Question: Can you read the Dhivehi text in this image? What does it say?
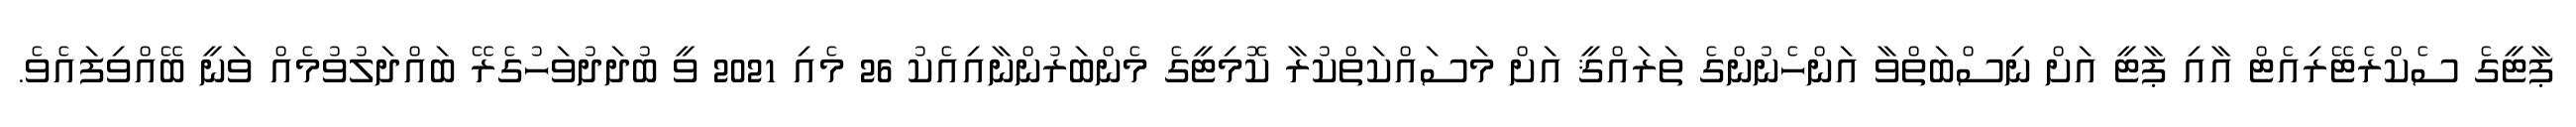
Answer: ޕާޓީގެ ސެކްރެޓޭރިއެޓް އާއި ޕާޓީ އަށް ނިސްބަތްވާ އަންހެނުންގެ ތަރައްޤީ އަށް މަސައްކަތްކުރާ ކޮމިޓީގެ މެންބަރުންނާއިއެކު 26 މެއި 2021 ވީ ބުދަދުވަހުގެރޭ ބައްދަލުވުމެއް ވަނީ ބޭއްވިފައެވެ.